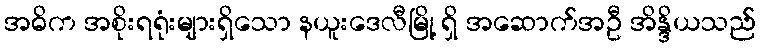
အဓိက အစိုးရရုံးများရှိသော နယူးဒေလီမြို့ ရှိ အဆောက်အဦ အိန္ဒိယသည်